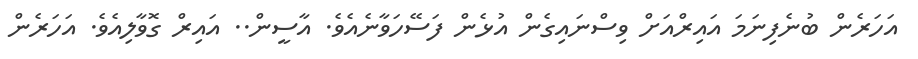
އަހަރެން ބުނެފިނަމަ އައިރްއަށް ވިސްނައިގެން އުޅެން ފަސޭހަވާނެއެވެ. އާސީން.. އައިރް ގޮވާލިއެވެ. އަހަރެން